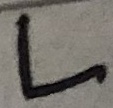
Text: L